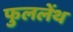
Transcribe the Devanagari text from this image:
फुललेंथ